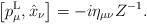
\begin{align*}\big[p^{\rm L}_\mu,\hat{x}_\nu\big]=-i\eta_{\mu\nu}Z^{-1}.\end{align*}